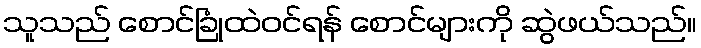
သူသည် စောင်ခြုံထဲဝင်ရန် စောင်များကို ဆွဲဖယ်သည်။